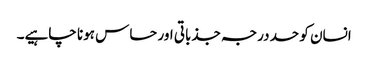
انسان کو حد درجہ جذباتی اور حساس ہونا چاہیے۔